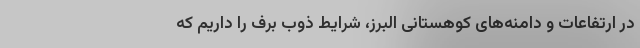
در ارتفاعات و دامنه‌های کوهستانی البرز، شرایط ذوب برف را داریم که